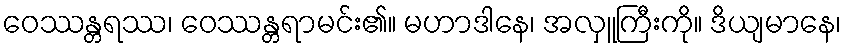
ဝေဿန္တရဿ၊ ဝေဿန္တရာမင်း၏။ မဟာဒါနေ၊ အလှူကြီးကို။ ဒိယျမာနေ၊